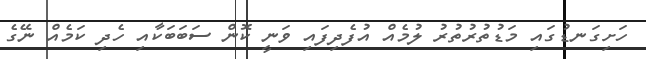
ހަށިގަނޑުގައި މަޑުތުރުތުރު ލުމެއް އުފެދިފައި ވަނީ ކޮން ސަބަބަކާއި ހެދި ކަމެއް ނޭގެ